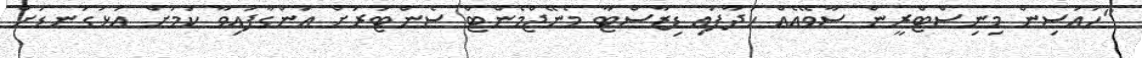
"ހައުސިން މިނިސްޓްރީން ސާވޭއެއް ހަދާފައި ޑިޒާސްޓާ މެނޭޖްމެންޓް ސެންޓަރަށް އަންގާފައިވާ ކަމަށް އަޅުގަނޑަށް